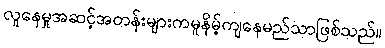
လူနေမှုအဆင့်အတန်းများကမူနိမ့်ကျနေမည်သာဖြစ်သည်။